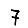
Digit: 7